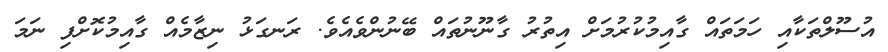
އުސޫލްތަކާއި ހަމަތައް ގާއިމުކުރުމަށް އިތުރު ގާނޫނުތައް ބޭނުންވެއެވެ. ރަނގަޅު ނިޒާމެއް ގާއިމުކޮށްފި ނަމަ